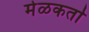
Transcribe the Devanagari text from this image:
मेळकर्ता